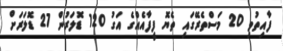
ފާއިތުވި 20 މަސްތެރޭގައި ތެޔޮ ފީފާއެއްގެ އަގު 120 ޑޮލަރުން 27 ޑޮލަރަށް